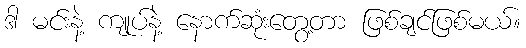
ဒါ မင်းနဲ့ ကျုပ်နဲ့ နောက်ဆုံးတွေ့တာ ဖြစ်ချင်ဖြစ်မယ်။